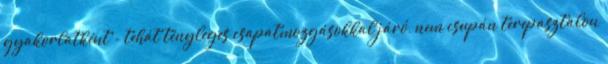
gyakorlatként - tehát tényleges csapatmozgásokkal járó, nem csupán terepasztalon